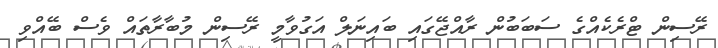
ރޭސިން ޓްރެކެއްގެ ސަބަބުން ރާއްޖޭގައި ބައިނަލް އަގުވާމީ ރޭސިން މުބާރާތައް ވެސް ބޭއްވި